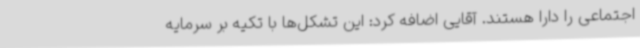
اجتماعی را دارا هستند. آقایی اضافه کرد: این تشکل‌ها با تکیه بر سرمایه